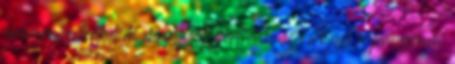
program tartalma maga. Ezért van az, hogy a program